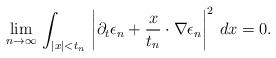
LaTeX: \begin{align*}\lim_{n\to\infty}\,\int_{|x|<t_n}\,\left|\partial_t\epsilon_n+\frac{x}{t_n}\cdot\nabla \epsilon_n\right|^2\,dx=0.\end{align*}